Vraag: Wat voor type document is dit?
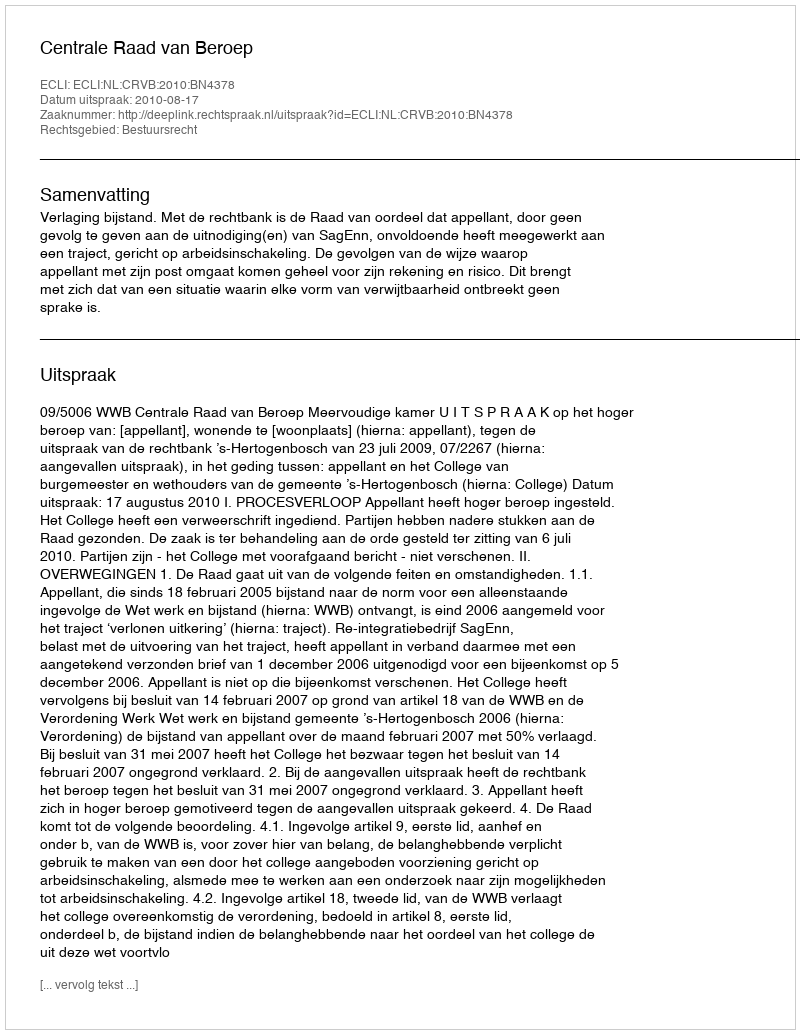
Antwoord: Uitspraak